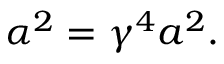
\alpha ^ { 2 } = \gamma ^ { 4 } a ^ { 2 } .